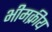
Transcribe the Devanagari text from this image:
भीमक्रीय